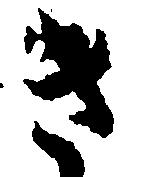
き